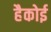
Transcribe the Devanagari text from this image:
हैकोई